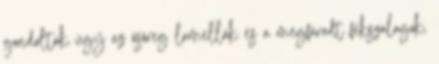
gondolták úgy az ősöreg lamellák és a megfáradt fékszalagok,